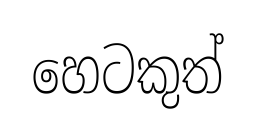
හෙටකුත්